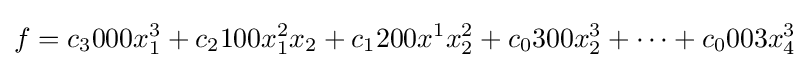
f=c_{3}000x_{1}^{3}+c_{2}100x_{1}^{2}x_{2}+c_{1}200x^{1}x_{2}^{2}+c_{0}300x_{2}^{3}+\cdots +c_{0}003x_{4}^{3}